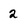
Character: 2